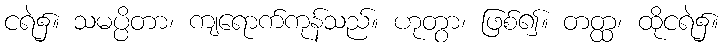
ငရဲ၌။ သမပ္ပိတာ၊ ကျရောက်ကုန်သည်။ ဟုတွာ၊ ဖြစ်၍။ တတ္ထ၊ ထိုငရဲ၌။